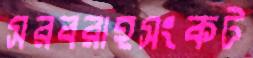
সরবরাহসংকট